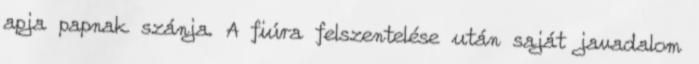
apja papnak szánja. A fiúra felszentelése után saját javadalom